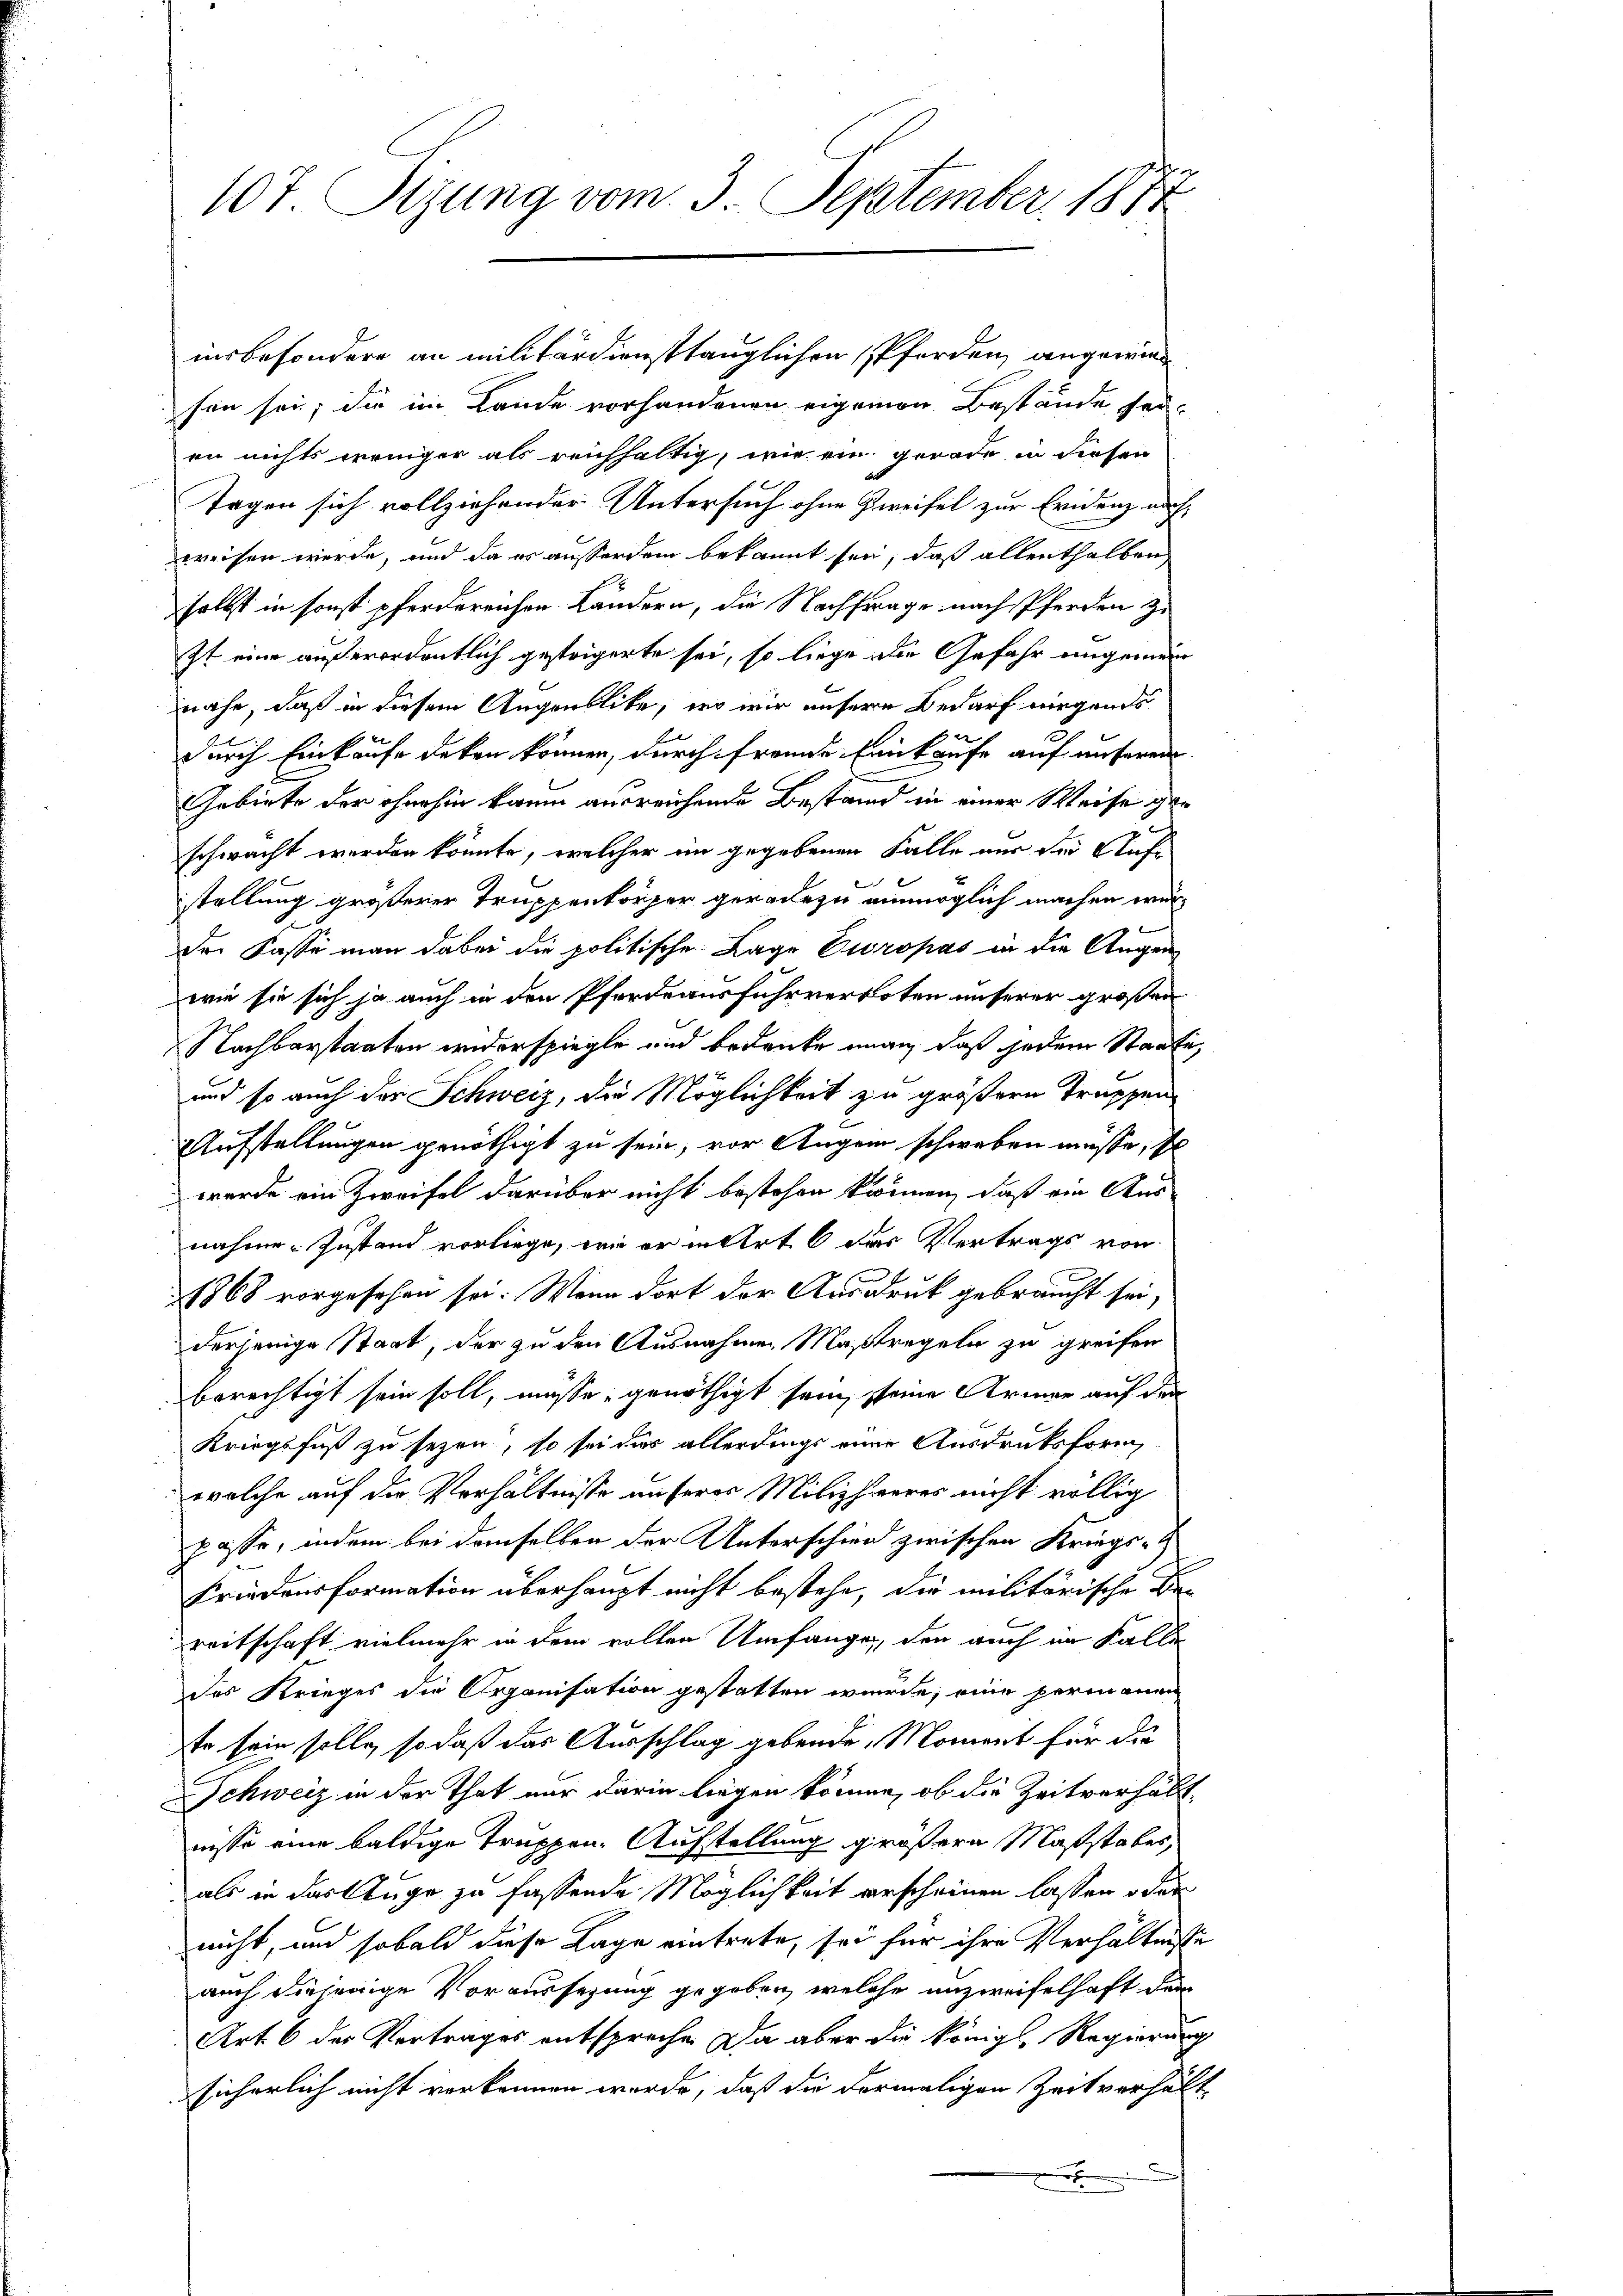
107. Sizung vom 3. September 1871

sen sei; die im Lande vorhandenen eigenen Bestände seien nichts weniger als reichhaltig, wie ein gerade in diesen
Tagen sich vollziehender Untersuch ohne Zweifel zur Evidenz nachweisen werde, und da es ausserdem bekannt sei, daß allenthalben
selbst in sonst pferdereichen. Ländern, die Nachfrage nach Pferden zu
it eine außerordentlich gesteigerte sei, so liege die Gefahr angemein
nahe, daß in diesem Augenblicke, wo wir unsere Bedarf nirgends
durch Einkaufe deken können, durch fremde Einkaufe auf unserem
Gebiete der ohnehin kaum ausreichende Bestand in einer Weise geschwacht werden könnte, welcher im gegebenen Falle nur der Aufstellung größerer Truppenkörper geradezu unmöglich machen würder Kasse man dabei die politische Lage Europas in die Augen
wie sie sich ja auch in den Pferdeausfuhrverboten unserer großen
Nachbarstaaten widerspiegle und bedanke man, daß jedem Staate
und so auch der Schweiz, die Möglichkeit zu größern Truppen
Aufstellungen genöthigt zu sein, vor Augen schweben müsse, so
werde ein Zweifel darüber nicht bestehen können, daß ein Aus-
nahme Zustand vorliege, wie er in Art 6 des Vertrags von
11768 vorgesehen sei. Wenn dort der Ausdruck gebraucht sei,
derjenige Staat, der zu den Ausnahmen Maßregeln zu greifen
berechtigt sein soll, müsse, genöthigt sein, seine Armer auf den
Kriegsfuß zu sezen, so sei das allerdings eine Ausdruksform,
welche auf die Verhältnisse unserer Milizheeres nicht völlig
passe, indem bei demselben der Unterschied zwischen Kriegs-
Friedensformation überhaupt nicht bestehe, die militärische Bereitschaft vielmehr in dem vollen Umfange, den auch im Falle
des Krieges die Organisation gestatten wurde, eine permanen
ste sein solle, so daß das Ausschlag gebende Moment für die
Schweiz in der That nur darin liegen können, ob die Zeitverhältnisse eine baldige Truppen-Aufstellung größern Maßstabes
als in das Auge zu fassende Möglichkeit erscheinen lassen oder
nicht, und sobald diese Lage eintrete, sei für ihre Verhältnisse
auch diejenige Voraussezung gegeben, welche unzweifelhaft der
Art. 6 des Vertrages entspreche. Da aber die Königl. Regierung
sicherlich nicht verkennen werde, daß die dermaligen Zeitverhäl
t

insbesondere an militärdienstlänglichen Pferden, angewinn

e
2